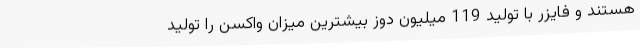
هستند و فایزر با تولید 119 میلیون دوز بیشترین میزان واکسن را تولید